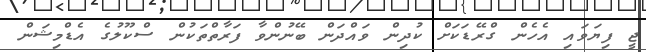
ޖީ ފިޔަވައި އެހެން ގްރޭޑަކަށް ކުދިން ވައްދަން ބޭނުންވާ ފަރާތްތަކުން ސްކޫލުގެ އެޑްމިޝަން